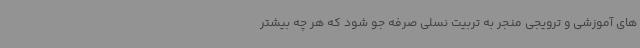
های آموزشی و ترویجی منجر به تربیت نسلی صرفه جو شود که هر چه بیشتر